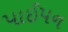
પાઈપન